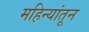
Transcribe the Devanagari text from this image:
महिन्‍यांतून